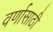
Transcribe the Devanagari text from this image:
वर्णासाठी